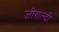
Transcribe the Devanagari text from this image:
जीराल्दी